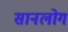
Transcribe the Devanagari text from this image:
सानलोग